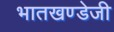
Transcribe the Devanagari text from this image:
भातखण्डेजी